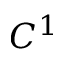
C ^ { 1 }